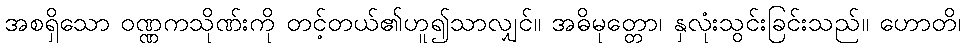
အစရှိသော ဝဏ္ဏကသိုဏ်းကို တင့်တယ်၏ဟူ၍သာလျှင်။ အဓိမုတ္တော၊ နှလုံးသွင်းခြင်းသည်။ ဟောတိ၊